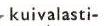
kuivalasti-